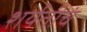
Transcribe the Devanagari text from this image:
शर्यतीचं